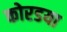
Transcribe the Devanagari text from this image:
कोरडया